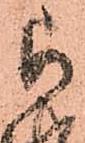
被